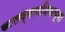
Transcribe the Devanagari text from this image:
कालव्यानजिकच्या